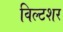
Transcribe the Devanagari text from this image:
विल्टशर